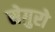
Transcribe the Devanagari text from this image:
सेगुरो